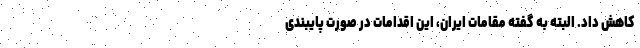
کاهش داد. البته به گفته مقامات ایران، این اقدامات در صورت پایبندی